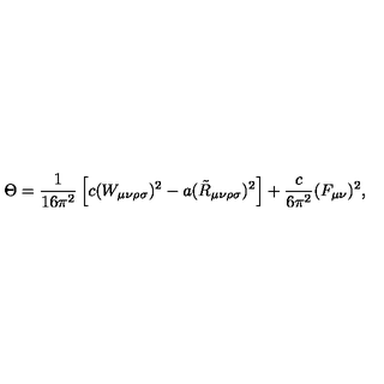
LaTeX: \Theta = { \frac { 1 } { 1 6 \pi ^ { 2 } } } \left[ c ( W _ { \mu \nu \rho \sigma } ) ^ { 2 } - a ( \tilde { R } _ { \mu \nu \rho \sigma } ) ^ { 2 } \right] + { \frac { c } { 6 \pi ^ { 2 } } } ( F _ { \mu \nu } ) ^ { 2 } ,